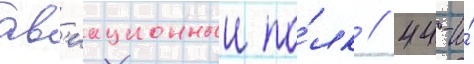
ав'иационныи по́лк // 44-и́